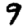
Digit: 9